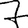
Digit: 7